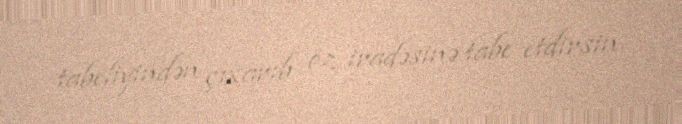
tabeliyindən çıxarıb öz iradəsinə tabe etdirsin.